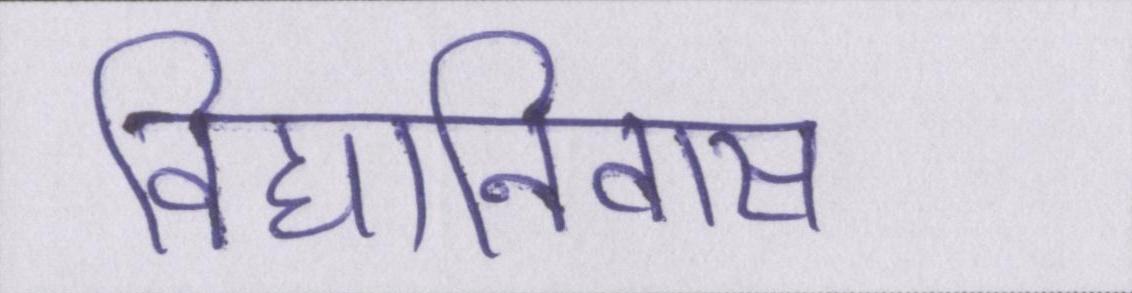
विद्यानिवास